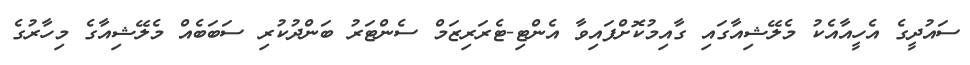
ސައުދީގެ އެހީއާއެކު މެލޭޝިއާގައި ގާއިމުކޮށްފައިވާ އެންޓި-ޓެރަރިޒަމް ސެންޓަރު ބަންދުކުރި ސަބަބެއް މެލޭޝިއާގެ މިހާރުގެ